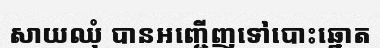
សាយឈុំ បានអញ្ជើញទៅបោះឆ្នោត